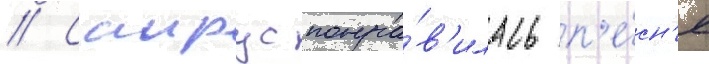
// Саирус понра́в'илась п'е́сн'я